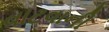
વાટવાની